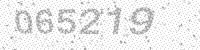
Solution: 065219